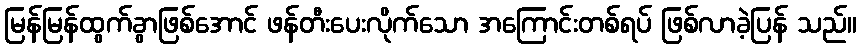
မြန်မြန်ထွက်ခွာဖြစ်အောင် ဖန်တီးပေးလိုက်သော အကြောင်းတစ်ရပ် ဖြစ်လာခဲ့ပြန် သည်။